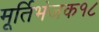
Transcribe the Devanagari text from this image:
मूर्तिभंजक१८